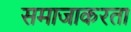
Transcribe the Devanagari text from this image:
समाजाकरता